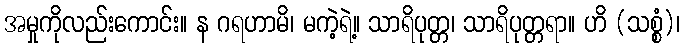
အမှုကိုလည်းကောင်း။ န ဂရဟာမိ၊ မကဲ့ရဲ့။ သာရိပုတ္တ၊ သာရိပုတ္တရာ။ ဟိ (သစ္စံ)၊